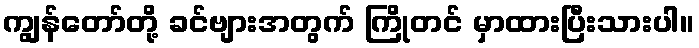
ကျွန်တော်တို့ ခင်ဗျားအတွက် ကြိုတင် မှာထားပြီးသားပါ။